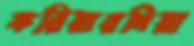
করিয়ারদিয়া